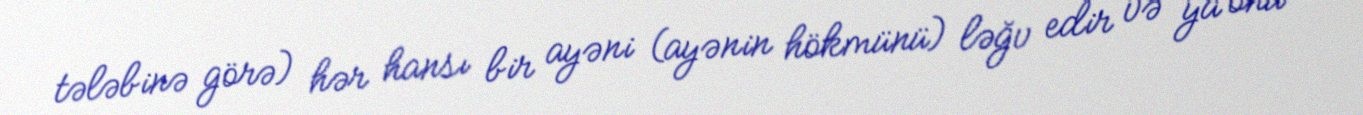
tələbinə görə) hər hansı bir ayəni (ayənin hökmünü) ləğv edir və ya onu